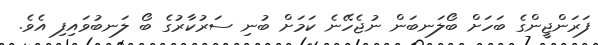
ފަރަންޖީންގެ ބަހަށް ބޯލަނބަން ނުޖެހޭނެ ކަމަށް ބުނި ސަރުކާރުގެ ބޯ ލަނބުވައިފި އެވެ.